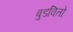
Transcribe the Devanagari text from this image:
बुडवितो